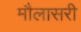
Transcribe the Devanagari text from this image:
मौलासरी